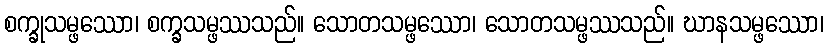
စက္ခုသမ္ဖဿော၊ စက္ခသမ္ဖဿသည်။ သောတသမ္ဖဿော၊ သောတသမ္ဖဿသည်။ ဃာနသမ္ဖဿော၊